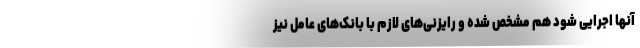
آنها اجرایی شود هم مشخص شده و رایزنی‌های لازم با بانک‌های عامل نیز